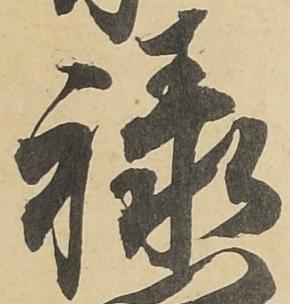
禄